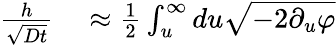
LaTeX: \begin{array}{rl}{\frac{h}{\sqrt{Dt}}}&{{}\approx\frac{1}{2}\int_{u}^{\infty}du\sqrt{-2\partial_{u}\varphi}}\end{array}